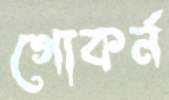
গোকর্ন